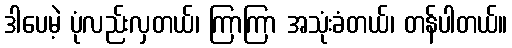
ဒါပေမဲ့ ပုံလည်းလှတယ်၊ ကြာကြာ အသုံးခံတယ်၊ တန်ပါတယ်။